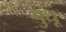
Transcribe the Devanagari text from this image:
पुधू